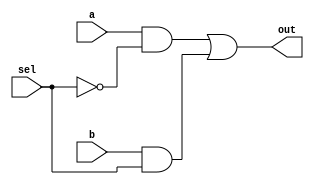
`timescale 1ns / 1ps
module mux_1(out,sel,a,b);
output out;
input sel,a,b;
wire out;
wire _sel,a1,a2;
    not(_sel,sel);
    and(a1,a,_sel);
    and(a2,b,sel);
    or(out,a1,a2);

endmodule